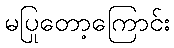
မပြုတော့ကြောင်း